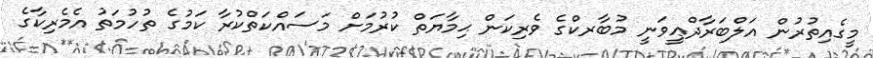
މީގެއިތުރުން އަލްބަރާދްޢީވަނީ މުބާރކްގެ ވެރިކަން ޙިމާޔަތް ކުރުމަށް މަސައްކަތްކުރާ ކަމުގެ ތުހުމަތު އެމެރިކާގެ